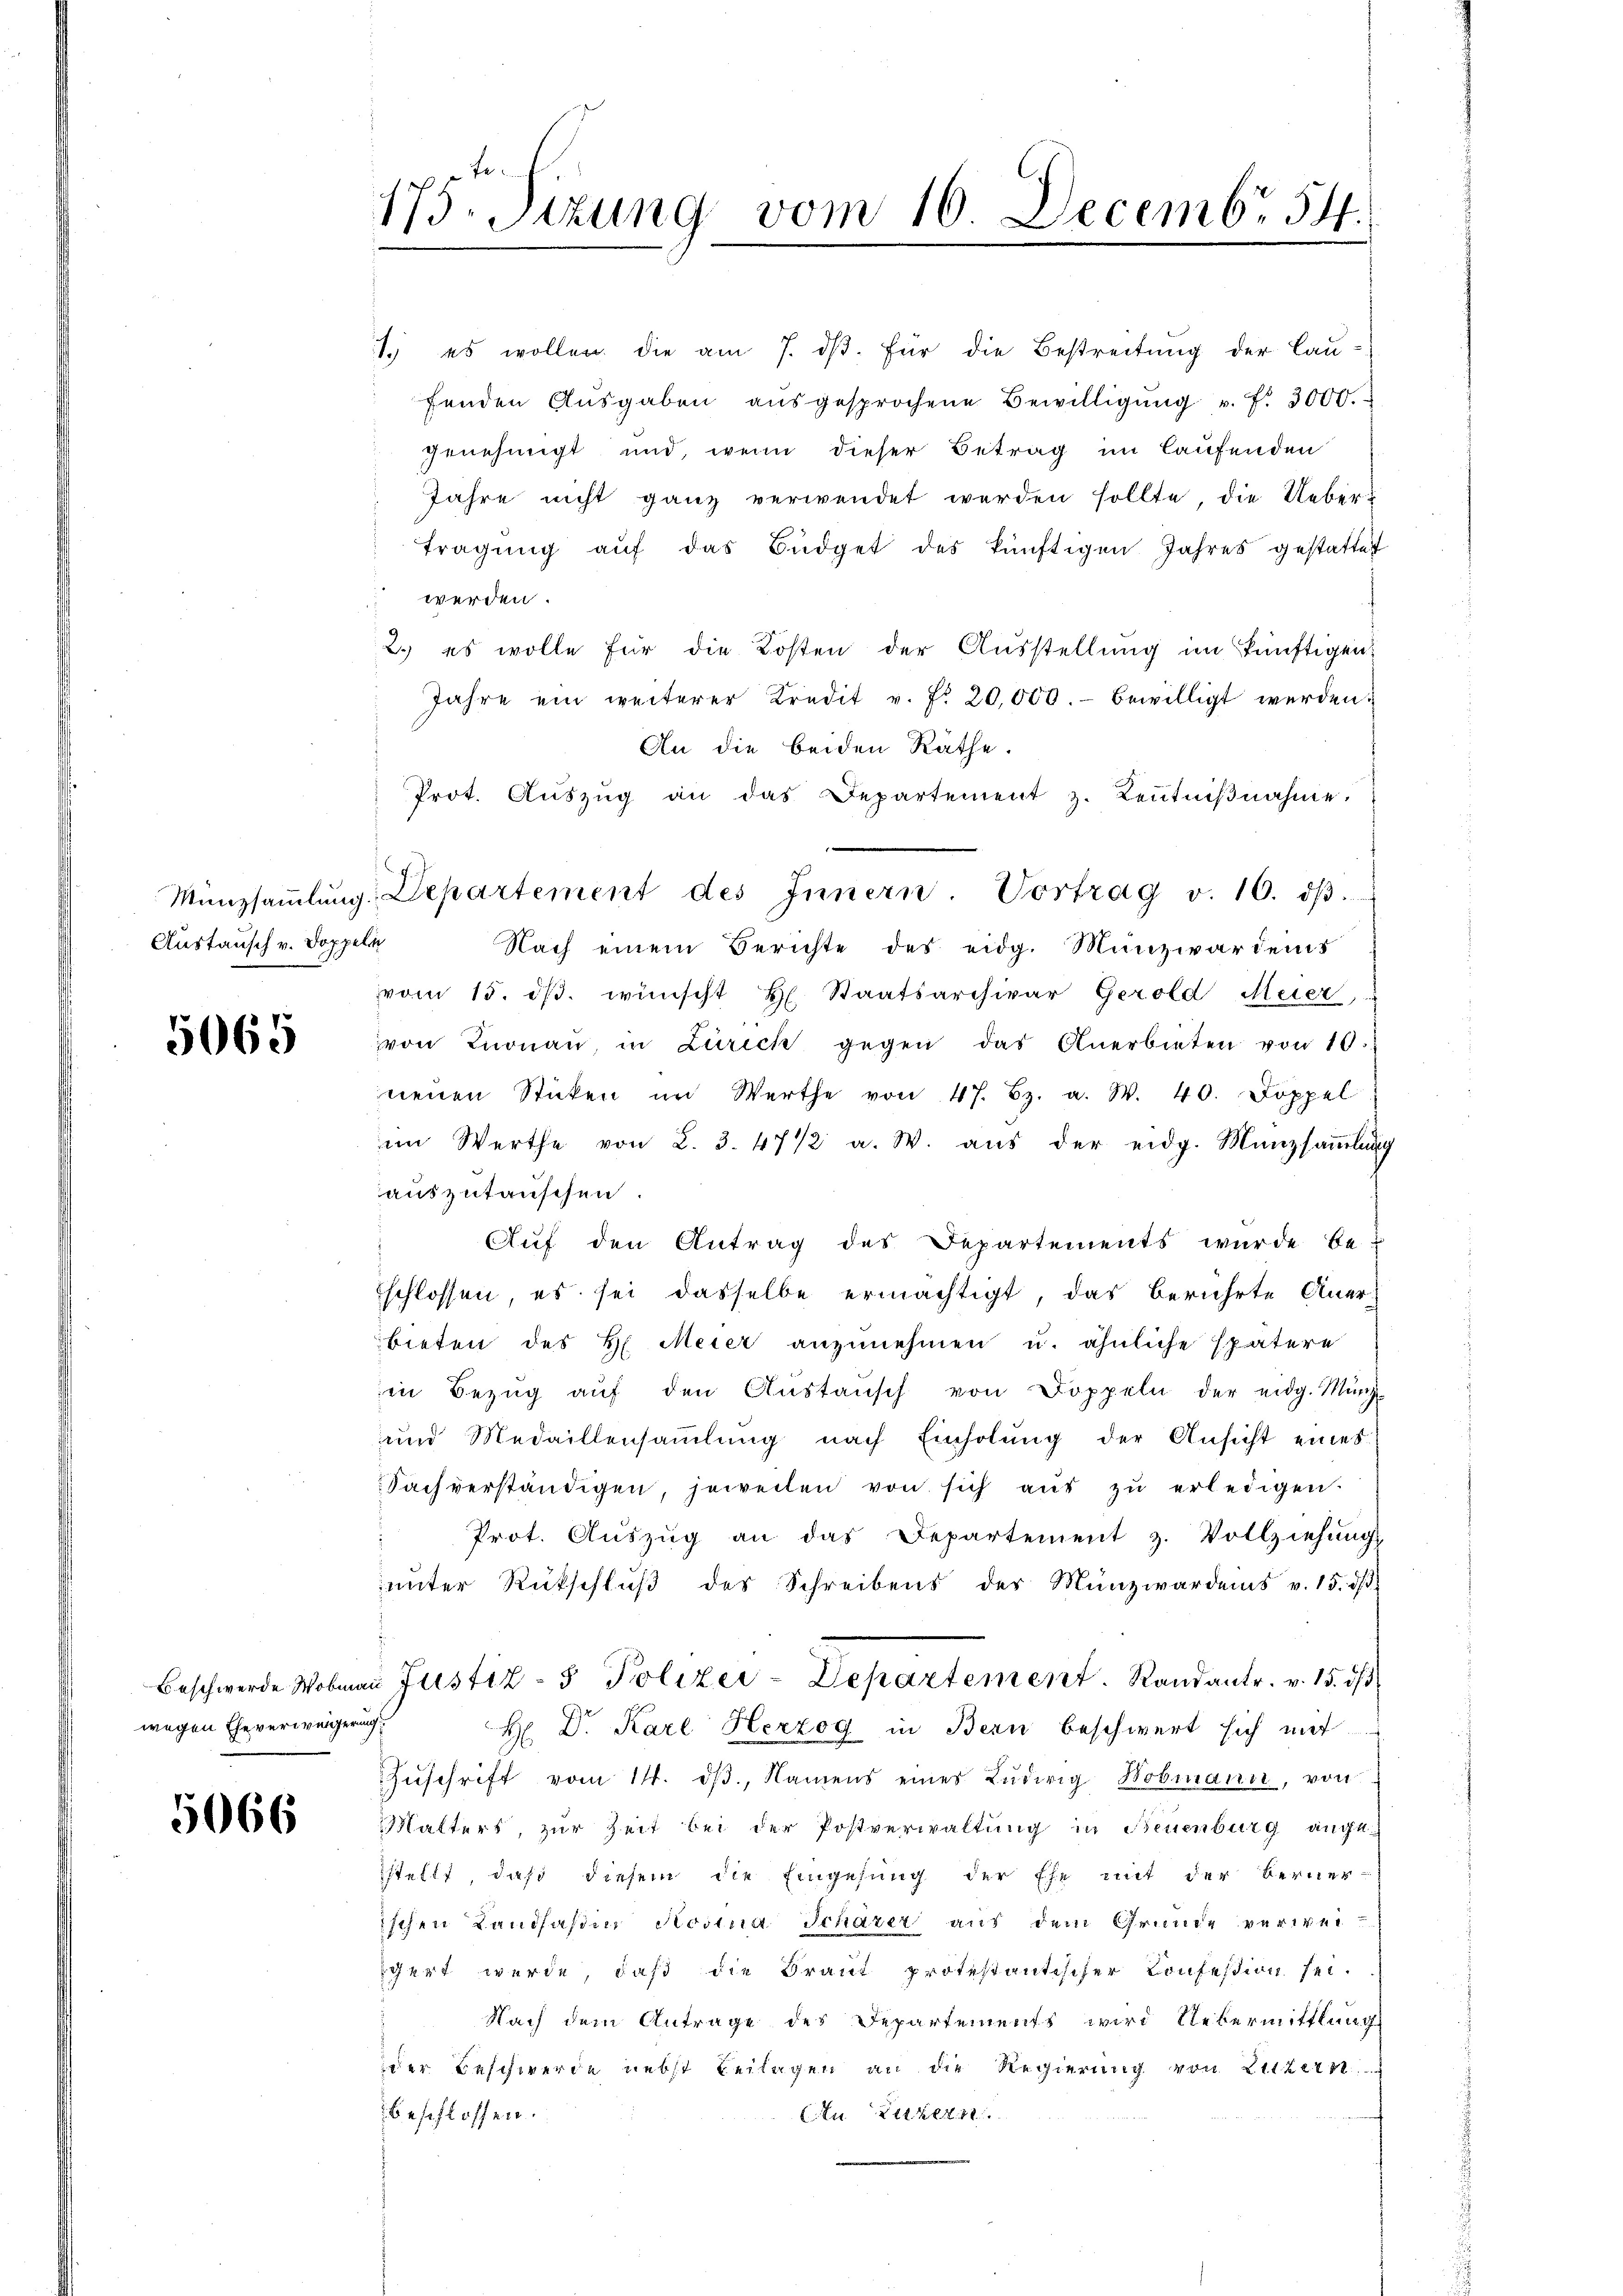
Austausch v. Doppeln

5065

Beschwerde Nobmai
wegen Eheverweigerung

5066

175. Sizung vom 16. Decembr 54

1. es wollen die am 7. dβ. für die Bestreitŭng der laufenden Aŭsgaben aŭsgesprochene Bewilligŭng u. f. 3000.
genehmigt und, wenn dieser Betrag im laufenden
Jahre nicht ganz verwendet werden sollte, die Uebertragung auf das Büdget des künftigen Jahres gestattet
werden
2.) es wolle für die Kosten der Ausstellung im künftigen
Jahre ein weiterer Kredit v. fr. 20,000.- bewilligt werden.
An die beiden Räthe.
Prot. Aŭszŭg an das Departement z. Keṅtniβnahme.
Nach einem Berichte des eidg. Munziardens
vom 15. dβ. wünscht H. Staatsarchivar Gerold Meier,
von Knonaŭ in Zürich gegen das Anerbieten von 10.
neuen Stücken im Werthe von 47. Bz. a. W. 40. Doppel
im Werthe von 2. 3. 47 1/2 a. W. aŭs der eidg. Münzsaṁlŭng
auszutauschen.
Auf den Antrag des Departements wurde be-
schlossen, es sei dasselbe ermächtigt, das berührte Aner-
bieten des H. Meier anzŭnehmen u. ähnliche spätere
in Bezŭg aŭf den Aŭstaŭsch von Doppeln der eidg. Münz-
und Medaillensammlung nach Einholung der Ansicht eines
Sachverständigen, jeweilen von sich aŭs zŭ erledigen.
Prot. Aŭszŭg an das Departement z. Vollziehŭng
ŭnter Rückschlŭβ des Schreibens des Münzwardens v. 15. dβ.
u Justiz- & Polizei-Departement. Randantr. v. 15. dβ
H Dr. Karl Herzog in Bern beschwert sich mit
Zŭschrift vom 14. dβ, Namens eines Lŭdwig Wobmann, von
Malters, zur Zeit bei der Postverwaltung in Neuenburg angestellt, daß diesem die Eingesung der Ehe mit der Berner-
ischen Landsaßin Rosina Schazer aus dem Grunde verweigert werde, daß die Braut protestantischer Confession sei.
Nach dem Antrage des Departements wird Uebermittlung
der Beschwerde nebst Beilagen an die Regierung von Luzern
beschlossen:
(An Letzten

Münzsaṁlŭng, Departement des Innern. Vortrag v. 10. dβ.